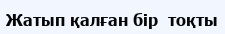
Жатып қалған бір  тоқты